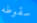
سقوطه